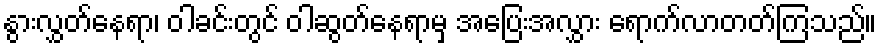
နွားလွှတ်နေရာ၊ ဝါခင်းတွင် ဝါဆွတ်နေရာမှ အပြေးအလွှား ရောက်လာတတ်ကြသည်။